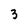
Character: 3